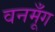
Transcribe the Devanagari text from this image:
वनमूँग